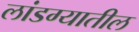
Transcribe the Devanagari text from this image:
लांडग्यातील